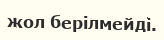
жол берілмейді.